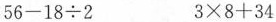
56-18{\div} 2 3\times 8+34